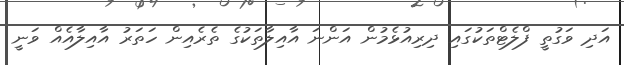
އަދި ވަގުތީ ފްލެޓްތަކުގައި ދިރިއުޅެމުން އަންނަ އާއިލާތަކުގެ ތެރެއިން ހަތަރު އާއިލާއެއް ވަނީ